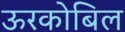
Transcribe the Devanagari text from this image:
ऊरकोबिल